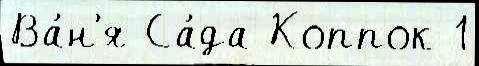
Ва́н'я Са́да Коппок 1